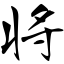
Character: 将